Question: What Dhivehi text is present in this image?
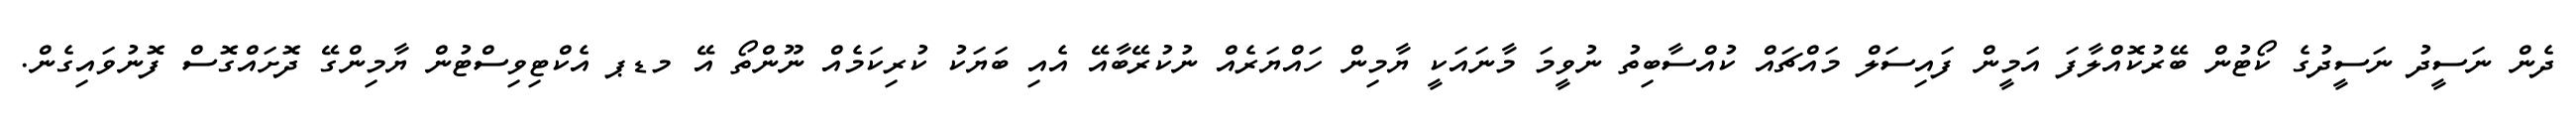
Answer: ދެން ނަސީދު ނަސީދުގެ ކޯޓުން ބޭރުކޮއްލާފަ އަމީން ފައިސަލް މައްޗައް ކުއްސާބިތު ނުވީމަ މާނައަކީ ޔާމިން ހައްޔަރެއް ނުކުރޭބާއޭ އެއި ބަޔަކު ކުރިކަމެއް ނޫންތޯ އޭ މޑޕ އެކްޓިވިސްޓުން ޔާމިންގޭ ދޮށައްގޮސް ފޮނުވައިގެން.